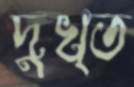
দুখ্ত